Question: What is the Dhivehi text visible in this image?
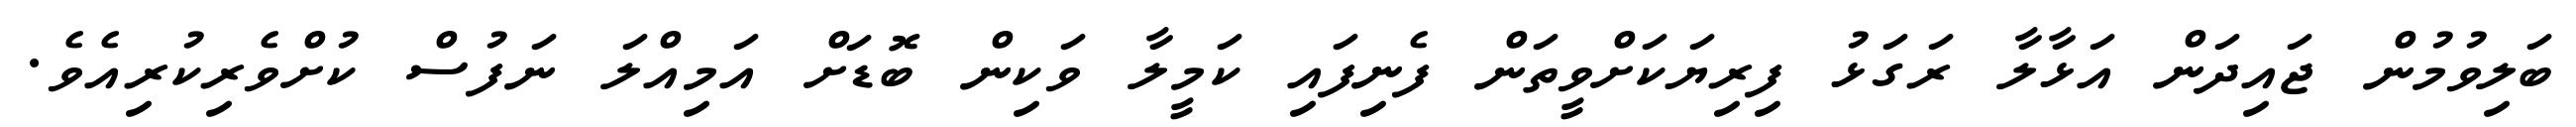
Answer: ބަލިވުމުން ޖައިދަން އަޅާލާ ރަގަޅު ފިރިޔަކަށްވީތަން ފެނިފައި ކަމީލާ ވަކިން ބޮޑަށް އަމިއްލަ ނަފުސް ކުށްވެރިކުރިއެވެ.